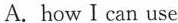
A.how I can use